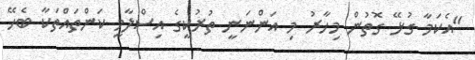
"އެކަމާ ގުޅޭ ގޮތުން މިހާރު މި އަންނަނީ ތުރުކީގެ އިސްލާމީ ކަންތައްތަކާ ބެހޭ